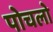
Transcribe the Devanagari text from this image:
पोचलो